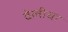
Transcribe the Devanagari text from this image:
वेलीचा